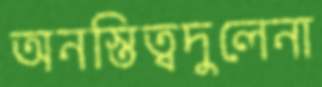
অনস্তিত্বদুলেনা